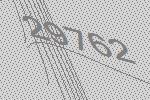
29762